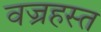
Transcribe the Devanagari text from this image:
वज्रहस्त